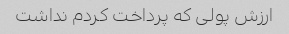
ارزش پولی که پرداخت کردم نداشت